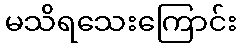
မသိရသေးကြောင်း